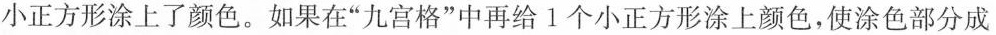
小正方形涂上了颜色。如果在“九宫格”中再给1个小正方形涂上颜色，使涂色部分成